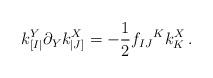
LaTeX: \begin{align*}k_{[I|}^Y \partial_Y k^X_{|J]}=-\frac 12 f_{IJ}{}^K k_K^X \,.\end{align*}